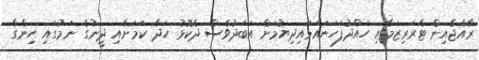
ރާއްޖެއިން ޓެރަރިޒަމާއި ހައްދުފަހަނައަޅައިދިޔުމަށް އަބަދުވެސް ދެކޮޅު ހަދާ ކަމަށާއި ދީނުގެ ނަމުގައި ހިންގާ